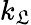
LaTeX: k_{\mathfrak{L}}